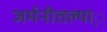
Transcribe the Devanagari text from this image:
जर्मनीतल्या़़